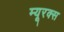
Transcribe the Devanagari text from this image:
म्यूरक्स